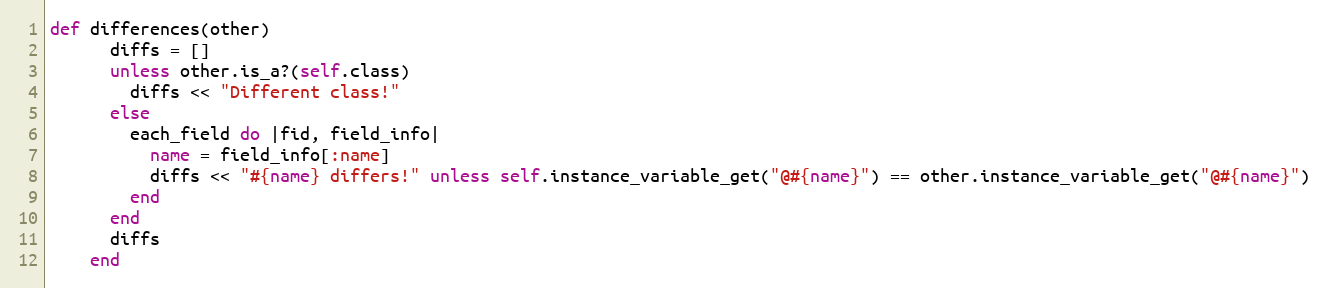
Language: Ruby
def differences(other)
      diffs = []
      unless other.is_a?(self.class)
        diffs << "Different class!"
      else
        each_field do |fid, field_info|
          name = field_info[:name]
          diffs << "#{name} differs!" unless self.instance_variable_get("@#{name}") == other.instance_variable_get("@#{name}")
        end
      end
      diffs
    end